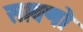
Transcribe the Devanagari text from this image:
सावणो